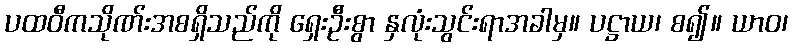
ပထဝီကသိုဏ်းအစရှိသည်ကို ရှေးဦးစွာ နှလုံးသွင်းရာအခါမှ။ ပဋ္ဌာယ၊ စ၍။ ယာဝ၊